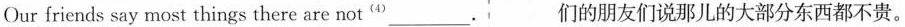
Our friends say most things there are not^{(4)} ___. 们的朋友们说那儿的大部分东西都不贵。